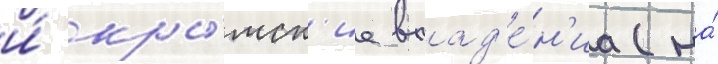
и́ кры́мск'ие влад'е́н'иа (на́